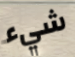
شيء